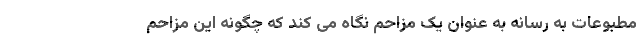
مطبوعات به رسانه به عنوان یک مزاحم نگاه می کند که چگونه این مزاحم